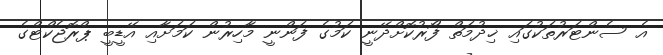
އެ ސެންޓަރުތަކުގައި ޚިދުމަތް ފޯރުކޮށްދޭނީ ކަމުގެ ފަންނީ މާހިރުން ކަމަށާއި އޭޑީބީ ޕްރޮޖެކްޓްގެ